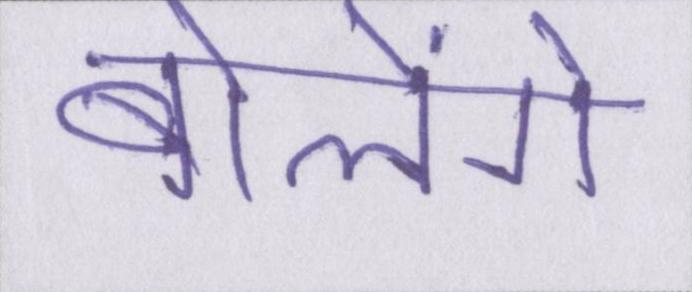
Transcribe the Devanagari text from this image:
बोलेंगे